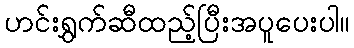
ဟင်းရွှက်ဆီထည့်ပြီးအပူပေးပါ။